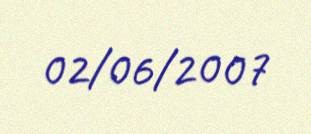
02/06/2007